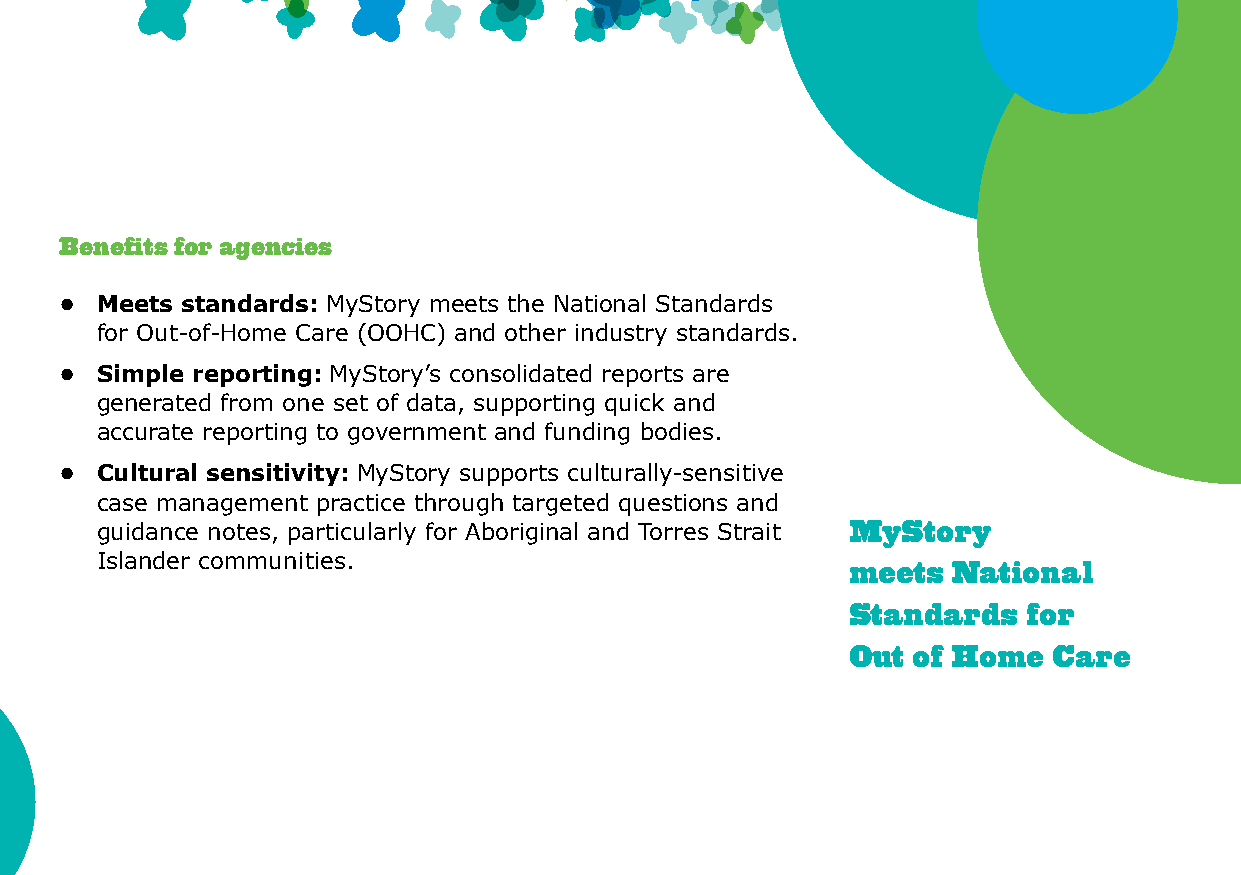
Benefits for agencies
 • Meets standards: MyStory meets the National Standards
 for Out-of-Home Care (OOHC) and other industry standards.
 • Simple reporting: MyStory’s consolidated reports are
 generated from one set of data, supporting quick and
 accurate reporting to government and funding bodies.
 • Cultural sensitivity: MyStory supports culturally-sensitive
 case management practice through targeted questions and
 guidance notes, particularly for Aboriginal and Torres Strait MyStory
 Islander communities.
 meets  National
 Standards   for
 Out of Home   Care